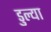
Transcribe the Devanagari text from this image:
डुल्या